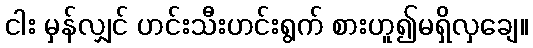
ငါး မှန်လျှင် ဟင်းသီးဟင်းရွက် စားဟူ၍မရှိလှချေ။